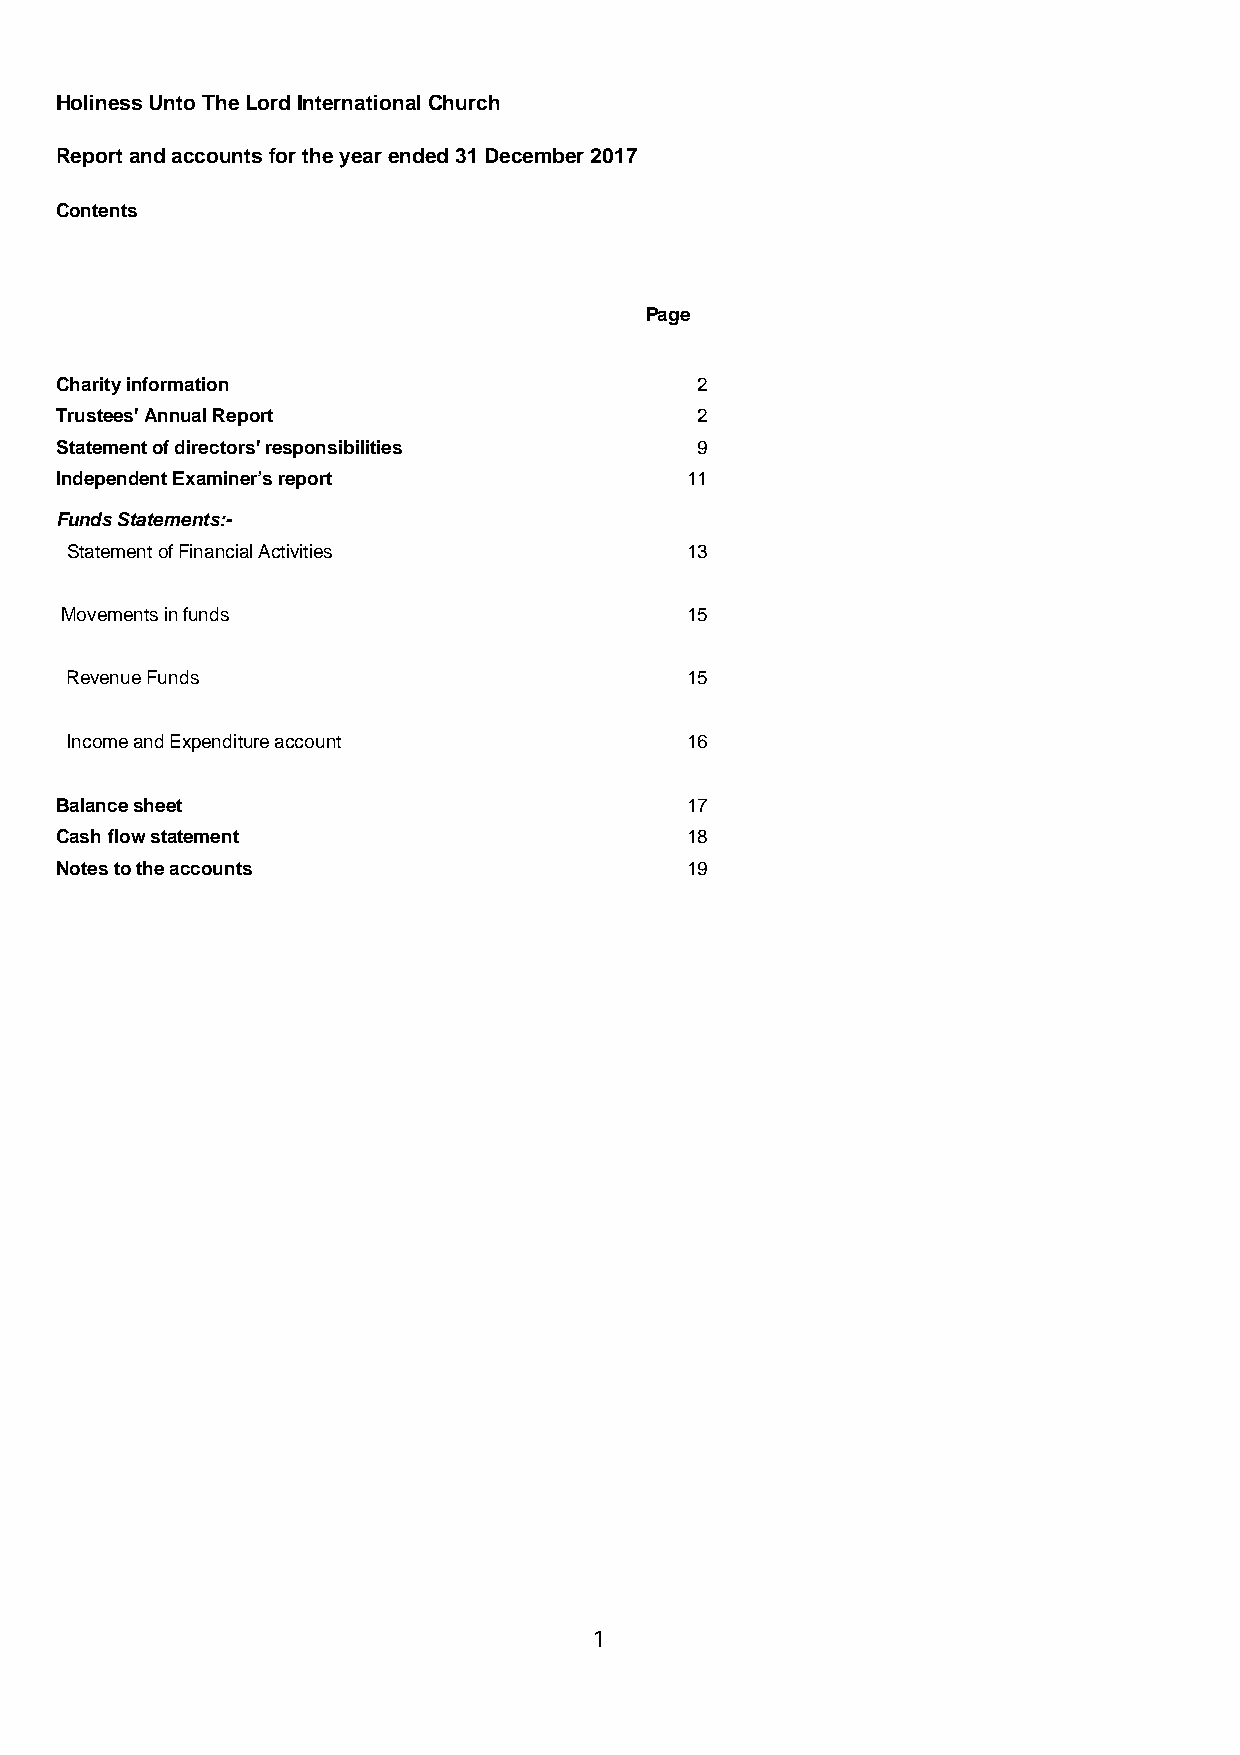
Holiness Unto The Lord International Church
 Report and accounts for the year ended 31 December 2017
 Contents
 Page
 Charity information                       2
 Trustees' Annual Report                   2
 Statement of directors' responsibilities  9
 Independent Examiner’s report            11
 Funds Statements:-
 Statement of Financial Activities        13
 Movements in funds                       15
 Revenue Funds                            15
 Income and Expenditure account           16
 Balance sheet                            17
 Cash flow statement                      18
 Notes to the accounts                    19
 1